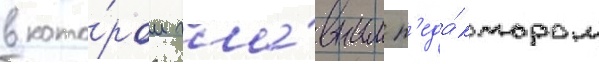
в кото́ром гла́вным р'еда́ктором